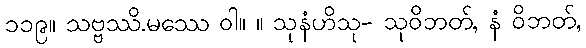
၁၁၉။ သဗ္ဗဿိ.မဿေ ဝါ။ ။ သုနံဟိသု- သုဝိဘတ်, နံ ဝိဘတ်,